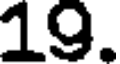
19.